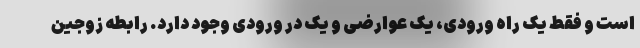
است و فقط یک راه ورودی، یک عوارضی و یک در ورودی وجود دارد. رابطه زوجین